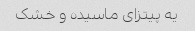
یه پیتزای ماسیده و خشک